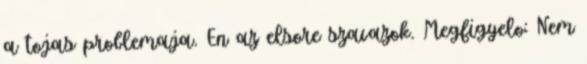
a tojas problemaja. En az elsore szavazok. Megfigyelo: Nem